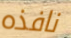
نافذه